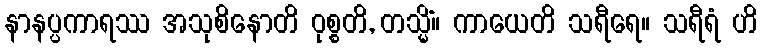
နာနပ္ပကာရဿ အသုစိနောတိ ဝုစ္စတိ, တသ္မိံ။ ကာယေတိ သရီရေ။ သရီရံ ဟိ